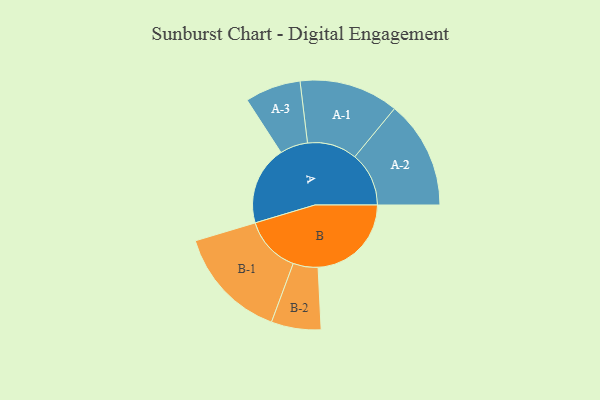
{"axis": {"x": "Segment", "y": "Value"}, "legend": ["", "A", "B"], "data": [{"x": "A", "y": 416, "type": ""}, {"x": "B", "y": 492, "type": ""}, {"x": "A-1", "y": 262, "type": "A"}, {"x": "A-2", "y": 285, "type": "A"}, {"x": "A-3", "y": 147, "type": "A"}, {"x": "B-1", "y": 299, "type": "B"}, {"x": "B-2", "y": 131, "type": "B"}]}